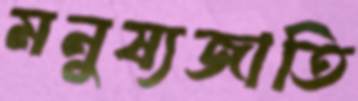
মনুষ্যজাতি